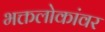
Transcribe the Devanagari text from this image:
भक्तलोकांवर